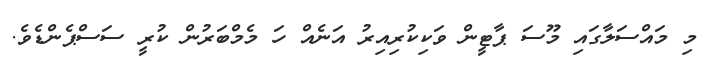
މި މައްސަލާގައި މޫސަ ޕާޓީން ވަކިކުރިއިރު އަނެއް ހަ މެމްބަރުން ކުރީ ސަސްޕެންޑެވެ.